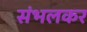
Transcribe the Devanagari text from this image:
संभलकर